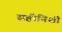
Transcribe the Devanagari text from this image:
सहीनिशी